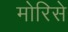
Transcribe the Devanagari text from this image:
मोरिसे